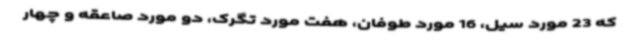
که 23 مورد سیل، 16 مورد طوفان، هفت مورد تگرک، دو مورد صاعقه و چهار